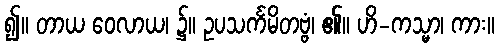
၍။ တာယ ဝေလာယ၊ ၌။ ဥပသင်္ကမိတဗ္ဗံ၊ ၏။ ဟိ-ကသ္မာ၊ ကား။